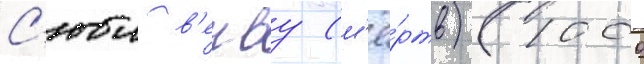
С'юи в'енву (м'ё́ртв) (1000